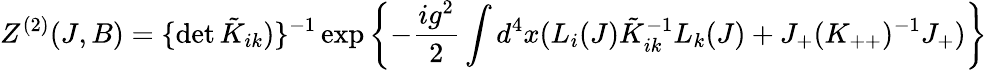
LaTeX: Z^{(2)}(J,B)=\{ \operatorname*{det}\tilde{K}_{ik})\} ^{-1}\exp\left\{ -\frac{ig^{2}}{2}\int d^{4}x(L_{i}(J)\tilde{K}_{ik}^{-1}L_{k}(J)+J_{+}(K_{++})^{-1}J_{+})\right\}